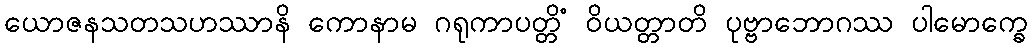
ယောဇနသတသဟဿာနိ ကောနာမ ဂရုကာပတ္တိံ ဝိယတ္တာတိ ပုဗ္ဗာဘောဂဿ ပါမောက္ခေ